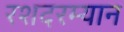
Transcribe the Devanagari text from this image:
रशदरम्यान